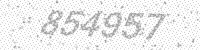
Solution: 854957